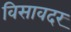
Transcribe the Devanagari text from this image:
विसावदर